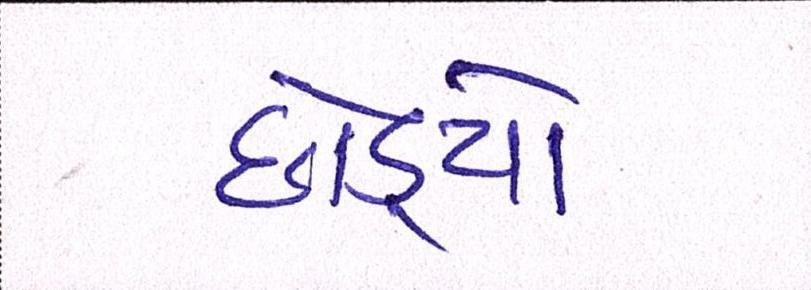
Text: છોડ્યો